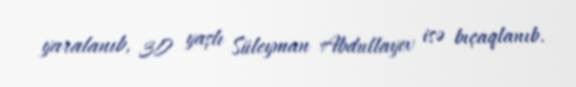
yaralanıb, 30 yaşlı Süleyman Abdullayev isə bıçaqlanıb.